Report of the Indian Hemp Drugs Commission, 1894-1895 - Volume III
Year: 1894
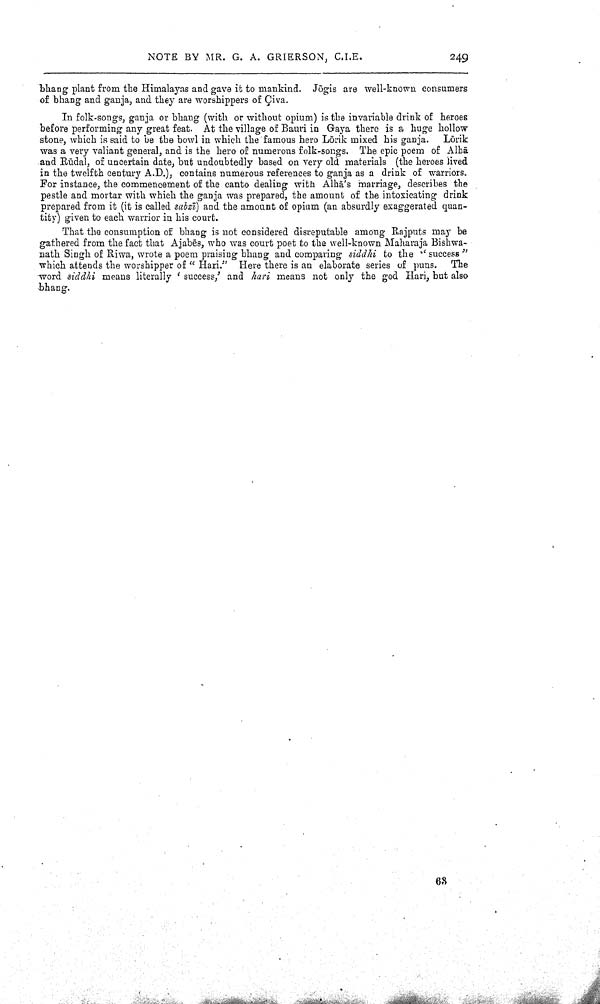
NOTE BY MR. G. A. GRIERSON, C.I.E.
249
bhang plant from the Himalayas and gave it to mankind. Jōgis are well-known consumers
of bhang and ganja, and they are worshippers of Çiva.
In folk-songs, ganja or bhang (with or without opium) is the invariable drink of heroes
before performing any great feat. At the village of Bauri in Gaya there is a huge hollow
stone, which is said to be the bowl in which the famous hero Lōrik mixed his ganja. Lōrik
was a very valiant general, and is the hero of numerous folk-songs. The epic poem of Alhā
and Rūdal, of uncertain date, but undoubtedly based on very old materials (the heroes lived
in the twelfth century A.D.), contains numerous references to ganja as a drink of warriors.
For instance, the commencement of the canto dealing with Alhā's marriage, describes the
pestle and mortar with which the ganja was prepared, the amount of the intoxicating drink
prepared from it (it is called sabzī) and the amount of opium (an absurdly exaggerated quan
tity) given to each warrior in his court.
That the consumption of bhang is not considered disreputable among Rajputs may be
gathered from the fact that Ajabēs, who was court poet to the well-known Maharaja Bishwa-
nath Singh of Riwa, wrote a poem praising bhang and comparing siddhi to the "success"
which attends the worshipper of "Hari." Here there is an elaborate series of puns. The
word siddhi means literally 'success,' and hari means not only the god Hari, but also
bhang.
63